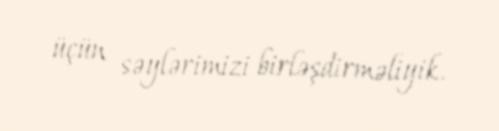
üçün səylərimizi birləşdirməliyik.